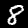
Label: 8